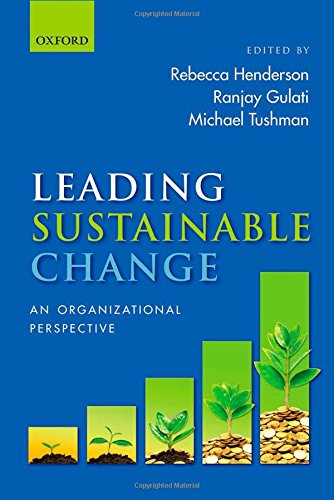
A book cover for Leading Sustainable Change: An Organizational Perspective; Business & Money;